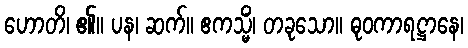
ဟောတိ၊ ၏။ ပန၊ ဆက်။ ဧကသ္မိံ၊ တခုသော။ ဓုဝကာရဋ္ဌာနေ၊